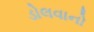
ડોલવાનો